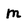
Character: m